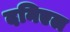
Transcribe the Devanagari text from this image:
दनिएल